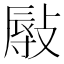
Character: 𢾯